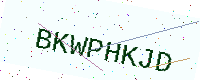
Text: BKWPHKJD